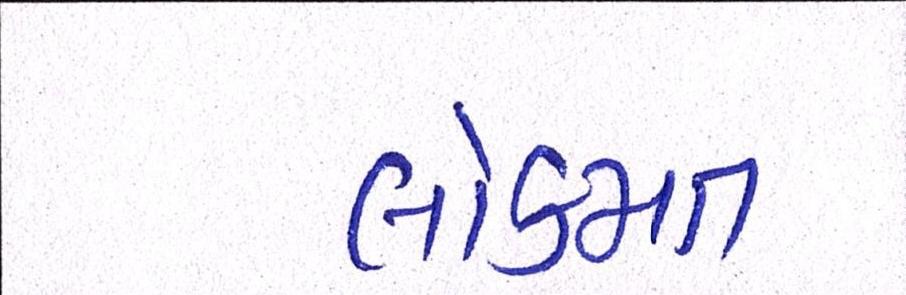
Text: લોકમત